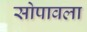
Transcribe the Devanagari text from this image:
सोपावला